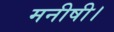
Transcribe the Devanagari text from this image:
मनीषी।